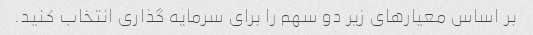
بر اساس معیارهای زیر دو سهم را برای سرمایه گذاری انتخاب کنید.